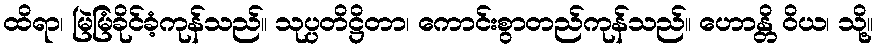
ထိရာ၊ မြဲမြံခိုင်ခံ့ကုန်သည်။ သုပ္ပတိဋ္ဌိတာ၊ ကောင်းစွာတည်ကုန်သည်။ ဟောန္တိ ဝိယ၊ သို့။